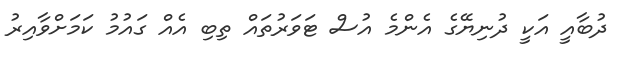
ދުބާއީ އަކީ ދުނިޔޭގެ އެންމެ އުސް ޓަވަރުތައް ތިބި އެއް ގައުމު ކަމަށްވާއިރު